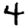
Digit: 4